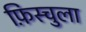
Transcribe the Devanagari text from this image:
फ़िस्चुला